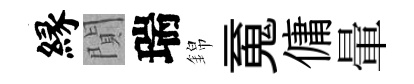
縁閴瑞錦䰟傭暈